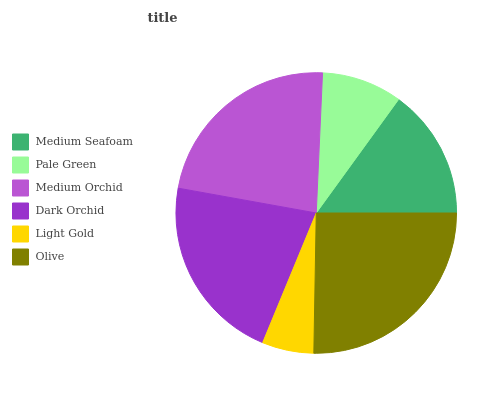
| Medium Seafoam | Pale Green | Medium Orchid | Dark Orchid | Light Gold | Olive |
 | --- | --- | --- | --- | --- | --- |
 | 15% | 9.25% | 22.9% | 21.6% | 5.96% | 25.3% |